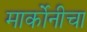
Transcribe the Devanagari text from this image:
मार्कोनीचा